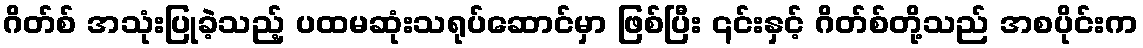
ဂိတ်စ် အသုံးပြုခဲ့သည့် ပထမဆုံးသရုပ်ဆောင်မှာ ဖြစ်ပြီး ၎င်းနှင့် ဂိတ်စ်တို့သည် အစပိုင်းက